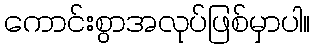
ကောင်းစွာအလုပ်ဖြစ်မှာပါ။